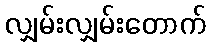
လျှမ်းလျှမ်းတောက်